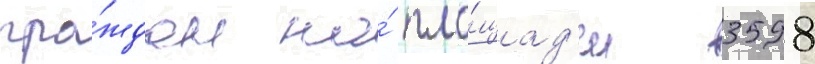
гра́ждан на́ пло́щад'и 3598